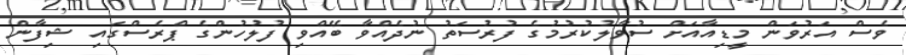
ވެސް އަރުވަން މީޑިއާއަށް ސުވާލުކުރުމުގެ ފުރުސަތު ނުދެއްވާ ބޭއްވި ފުލުހުންގެ ޕްރެސްގައި ޝިފާން